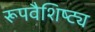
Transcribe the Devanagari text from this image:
रूपवैशिष्ट्य